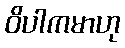
ဝိပါကမာဟု